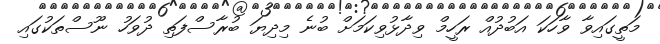
މަތީގައިވާ ވާހަކަ އަބުދުއް ރަހީމް ވިދާޅުވިކަމަށް ބުނެ މިދިޔަ ބުރާސްފަތި ދުވަހު ނޫސްތަކުގައި